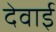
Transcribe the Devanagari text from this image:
देवाई